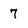
Character: 7